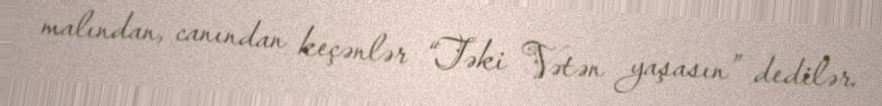
malından, canından keçənlər “Təki Vətən yaşasın” dedilər.